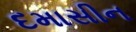
દમાસીન